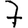
Digit: 7